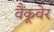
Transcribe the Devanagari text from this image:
वैंकूवेर